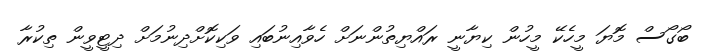
ބޯގޯސް މޮޔަ މީހެކޭ މީހުން ކިޔާނީ ރައްޔިތުންނަށް ހެވާއިނުބައި ވަކިކޮށްދިނުމަށް ދިޓީވީން ތިކުރާ